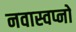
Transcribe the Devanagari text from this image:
नवास्वप्नो